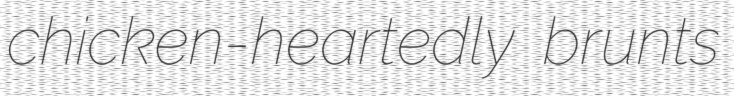
chicken-heartedly brunts